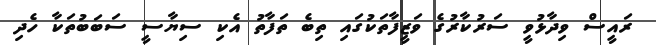
ރައީސް ވިދާޅުވީ ސަރުކާރުގެ ވަޒީފާތަކުގައި ތިބެ ތަފާތު އެކި ސިޔާސީ ސަބަބުތަކާ ހެދި